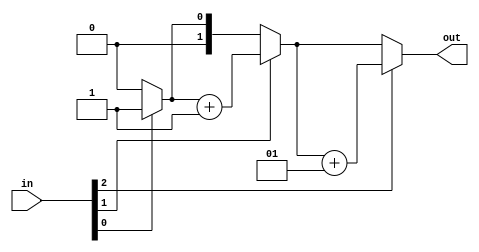
module top_module( 
    input [2:0] in,
    output [1:0] out );
    integer i,count;
    always @(*) begin
        count = 0;
        for(i=0;i<3;i++) begin
            if(in[i]==1)
                count =count + 1;
    end
    out = count;
    end
    
endmodule